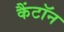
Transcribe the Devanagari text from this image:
कैंटॉन